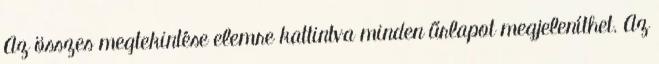
Az összes megtekintése elemre kattintva minden űrlapot megjeleníthet. Az